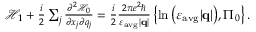
\begin{array} { r } { \mathcal { H } _ { 1 } + \frac { i } { 2 } \sum _ { j } \frac { \partial ^ { 2 } \mathcal { H } _ { 0 } } { \partial x _ { j } \partial q _ { j } } = \frac { i } { 2 } \frac { 2 \pi e ^ { 2 } \hbar } { \varepsilon _ { \mathrm { a v g } } | \mathbf { q } | } \left\{ \ln { \left( \varepsilon _ { \mathrm { a v g } } | \mathbf { q } | \right) } , \Pi _ { 0 } \right\} . } \end{array}